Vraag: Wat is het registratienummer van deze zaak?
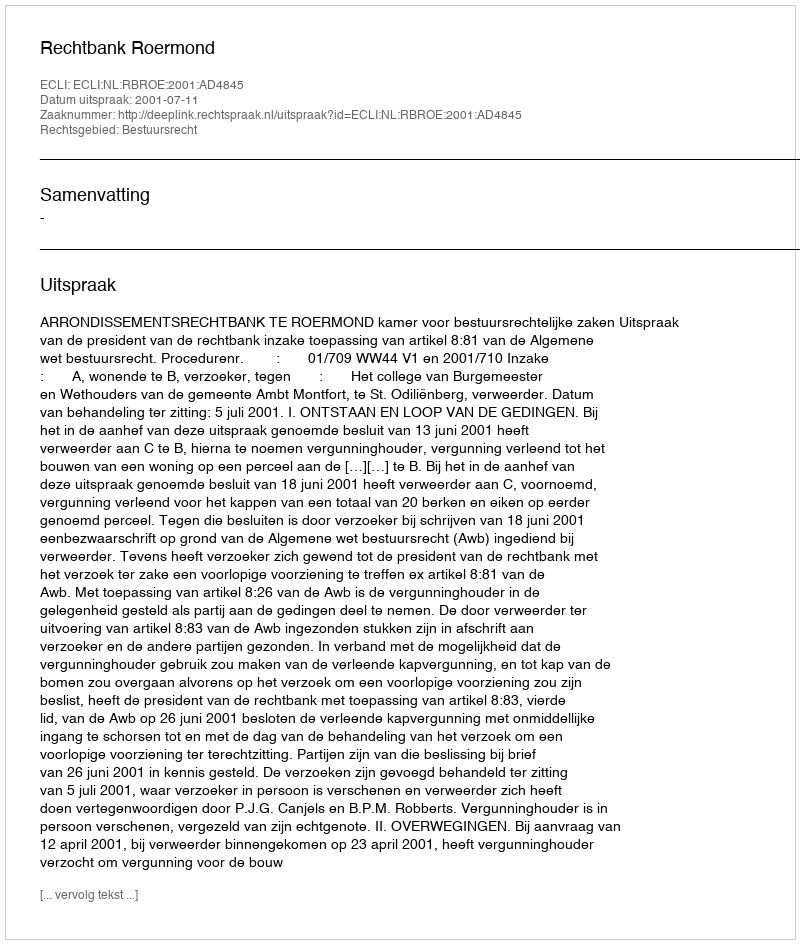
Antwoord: http://deeplink.rechtspraak.nl/uitspraak?id=ECLI:NL:RBROE:2001:AD4845